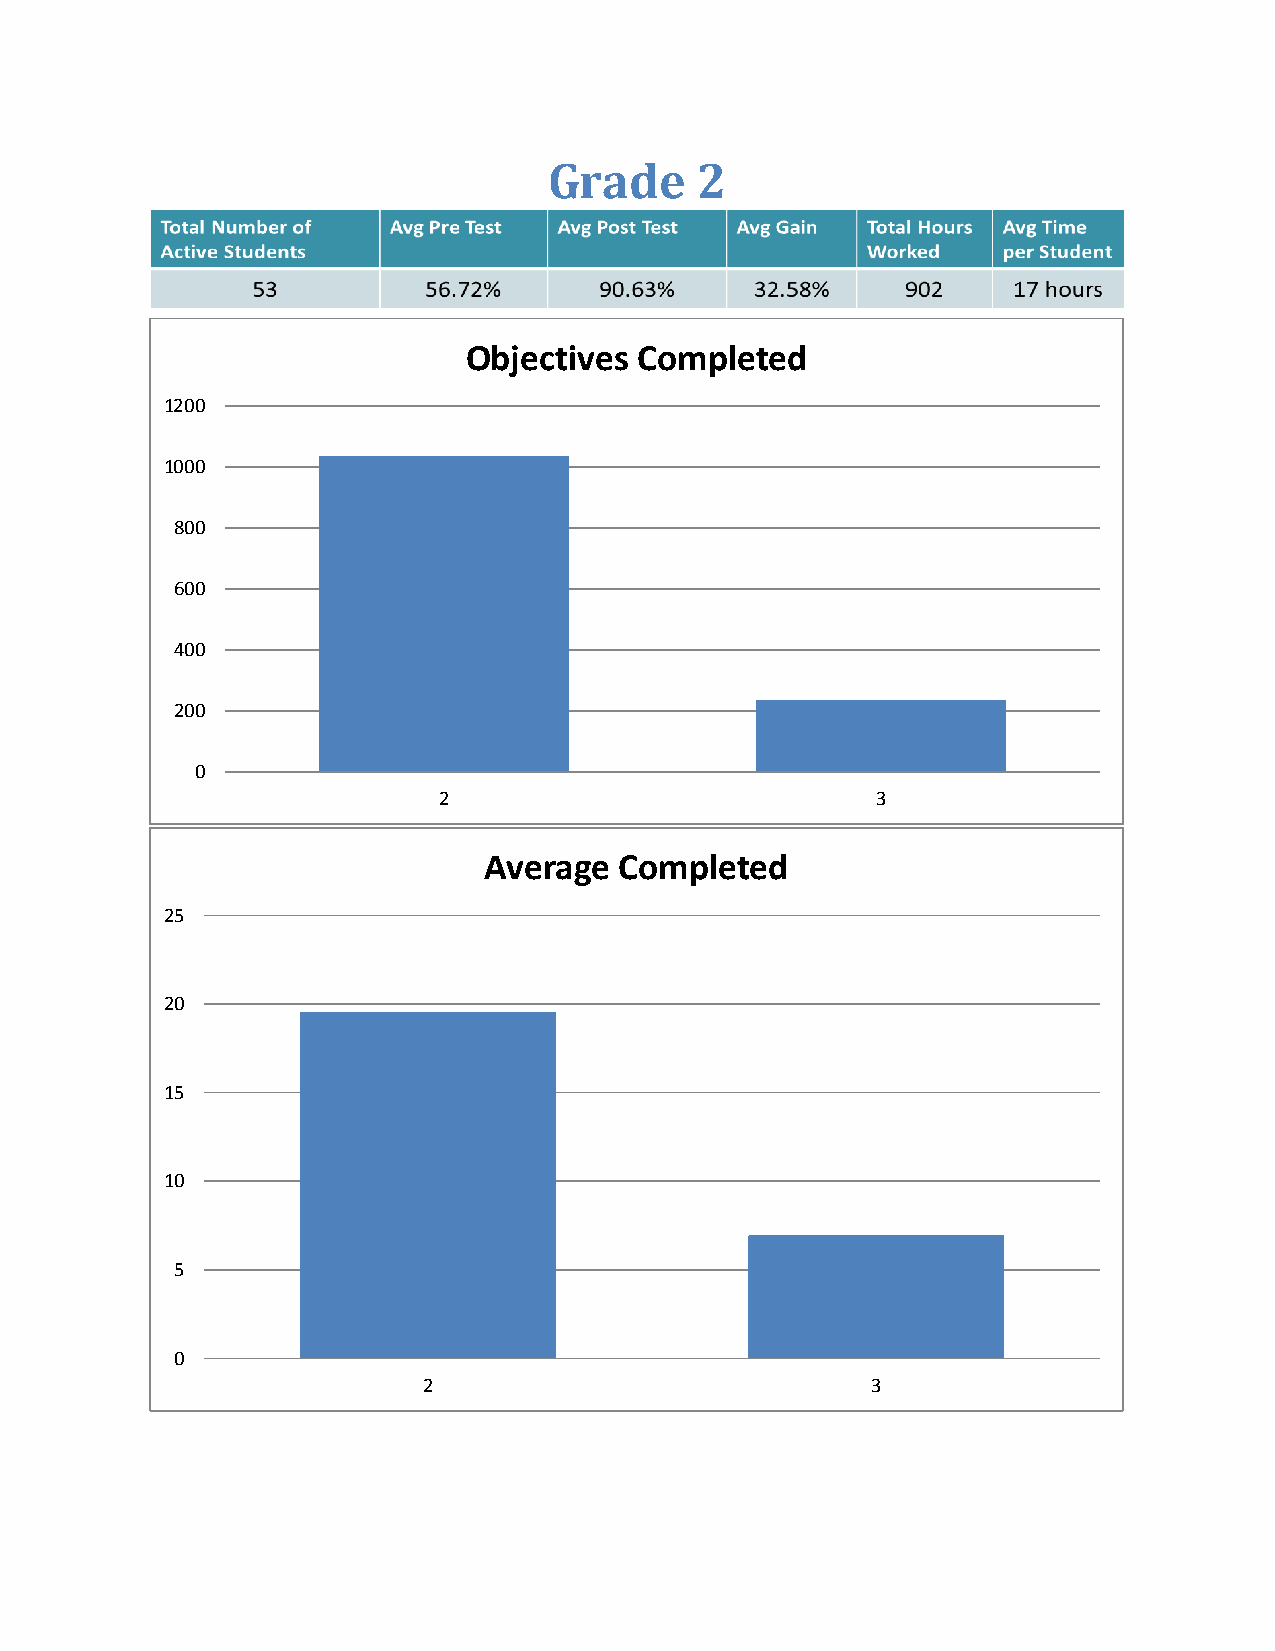
Grade     2
 Objectives Completed
 1200
 1000
 800
 600
 400
 200
 0
 2                            3
 Average  Completed
 25
 20
 15
 10
 5
 0
 2                             3